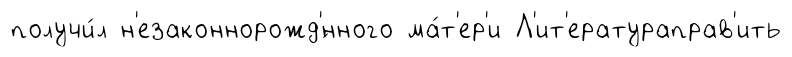
получи́л н'езаконнорожд'́нного ма́т'ер'и Л'ит'ератураправ'ить